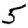
Digit: 5